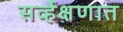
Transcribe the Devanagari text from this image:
सर्व्हेक्षणात